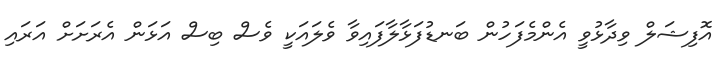
އޮފިޝަލް ވިދާޅުވީ އެންމެފަހުން ބަނޑުފަޅާލާފައިވާ ވެލައަކީ ވެސް ބިސް އަޅަން އެރަށަށް އަރައި